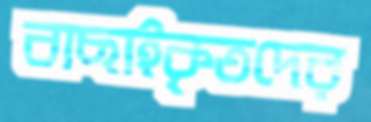
বাছাইকৃতদের